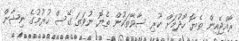
ރާއްޖެއިން ތެޔޮ ހޯދުމަށް ކުރި ސާވޭތަކުން ތެޔޮ ނުވަތަ ގޭސް ހުރުމުގެ ނިޝާން